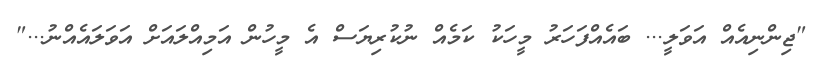
"ޖިންނިއެއް އަވަލީ... ބައެއްފަހަރު މީހަކު ކަމެއް ނުކުރިޔަސް އެ މީހުން އަމިއްލައަށް އަވަލައެއްނު..."